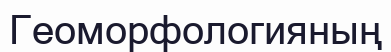
Геоморфологияның